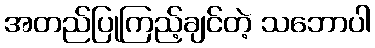
အတည်ပြုကြည့်ချင်တဲ့ သဘောပါ